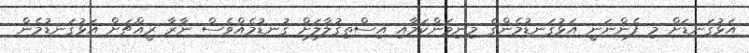
އަޅުގަނޑަށް މި ފެންނަނީ އަޅުގަނޑުމެންގެ މިނިވަންކަމާއި އިސްތިގުލާލަށް ގުނޑުމެއްވެސް ނާރާ ރީއްޗަށް އަޅުގަނޑުމެން